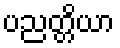
ပညတ္တိယာ